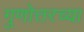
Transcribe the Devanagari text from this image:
गुणोत्तरच्या